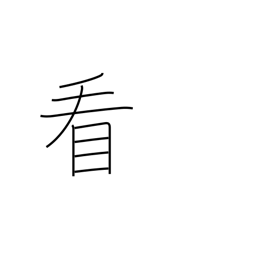
Meaning: watch over